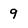
Character: 9